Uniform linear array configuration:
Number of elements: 64
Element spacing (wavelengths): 0.25
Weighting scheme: cosine
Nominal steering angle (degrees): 15
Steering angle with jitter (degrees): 13.386
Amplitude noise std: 0.05
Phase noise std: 0.05

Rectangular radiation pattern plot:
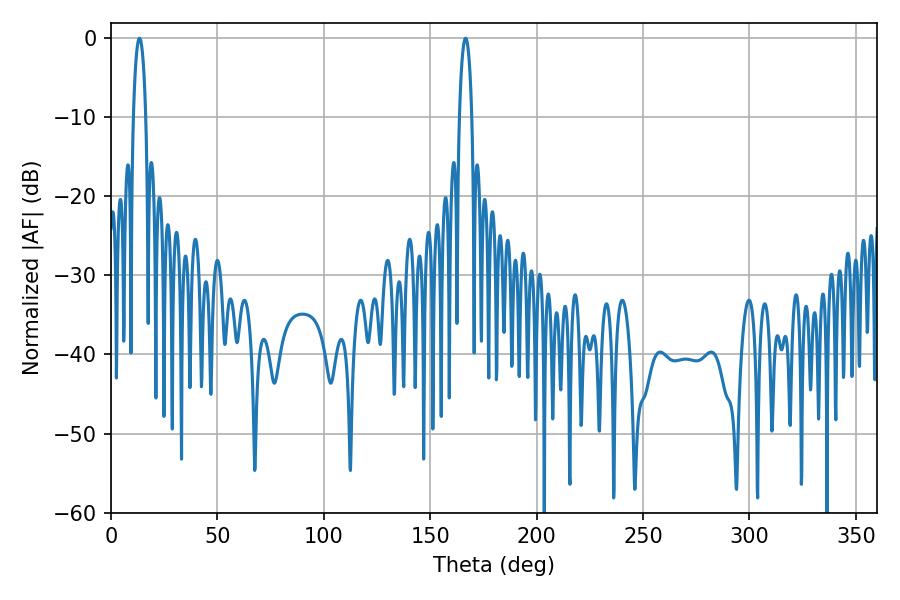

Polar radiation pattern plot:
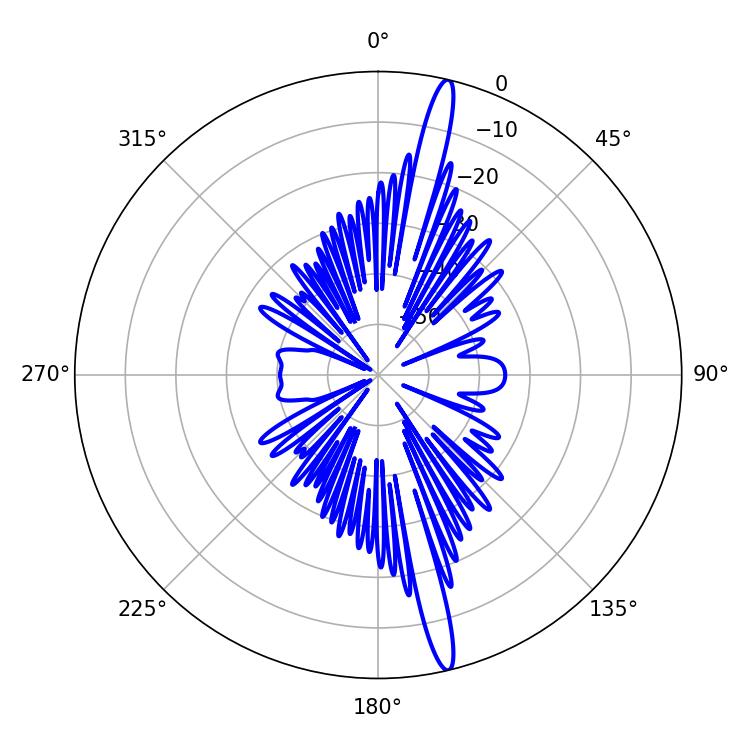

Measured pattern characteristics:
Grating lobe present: FALSE
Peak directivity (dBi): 18.218
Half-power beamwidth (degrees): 3.24
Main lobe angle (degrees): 13.32